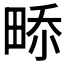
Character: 𤲎